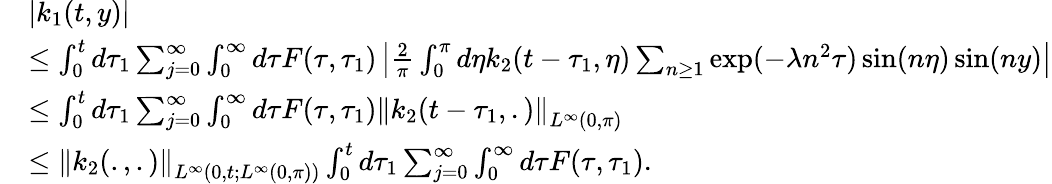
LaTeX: \begin{array}{rl}&{|k_{1}(t,y)|}\\ &{\leq\int_{0}^{t}d\tau_{1}\sum_{j=0}^{\infty}\int_{0}^{\infty}d\tau F(\tau,\tau_{1})\left|\frac{2}{\pi}\int_{0}^{\pi}d\eta k_{2}(t-\tau_{1},\eta)\sum_{n\geq 1}\exp(-\lambda n^{2}\tau)\sin(n\eta)\sin(ny)\right|}\\ &{\leq\int_{0}^{t}d\tau_{1}\sum_{j=0}^{\infty}\int_{0}^{\infty}d\tau F(\tau,\tau_{1})\left\| k_{2}(t-\tau_{1},.)\right\| _{L^{\infty}(0,\pi)}}\\ &{\leq\left\| k_{2}(.,.)\right\| _{L^{\infty}(0,t;L^{\infty}(0,\pi))}\int_{0}^{t}d\tau_{1}\sum_{j=0}^{\infty}\int_{0}^{\infty}d\tau F(\tau,\tau_{1}).}\end{array}